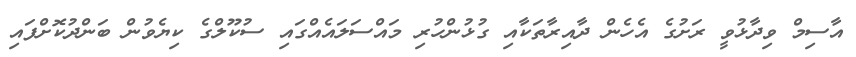
އާސިމް ވިދާޅުވީ ރަށުގެ އެހެން ދާއިރާތަކާއި ގުޅުންހުރި މައްސަލައެއްގައި ސުކޫލްގެ ކިޔެވުން ބަންދުކޮށްފައި